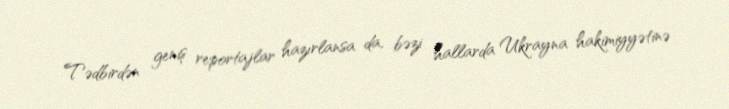
Tədbirdən geniş reportajlar hazırlansa da, bəzi hallarda Ukrayna hakimiyyətinə